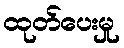
ထုတ်ပေးမှု